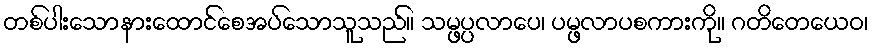
တစ်ပါးသောနားထောင်စေအပ်သောသူသည်။ သမ္ဖပ္ပလာပေ၊ ပမ္ဖလာပစကားကို။ ဂတိတေယေဝ၊